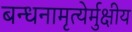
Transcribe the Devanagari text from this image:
बन्धनामृत्येर्मुक्षीय